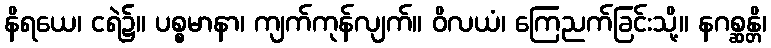
နိရယေ၊ ငရဲ၌။ ပစ္စမာနာ၊ ကျက်ကုန်လျက်။ ဝိလယံ၊ ကြေညက်ခြင်းသို့။ နဂစ္ဆန္တိ၊